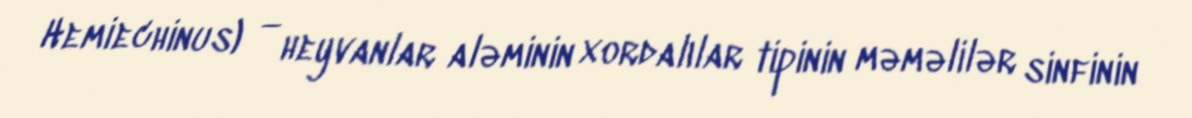
Hemiechinus) — heyvanlar aləminin xordalılar tipinin məməlilər sinfinin